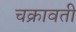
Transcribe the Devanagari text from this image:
चक्रावती